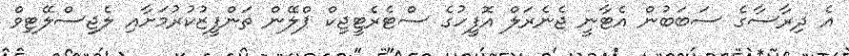
އެ ދިރާސާގެ ސަބަބުން އެޓާނީ ޖެނެރަލް އޮފީހުގެ ސްޓެރެޓީޖިކް ޕްލޭން ތަންފީޒުކުރުމަށާއި ލެޖިސްލޭޓިވް